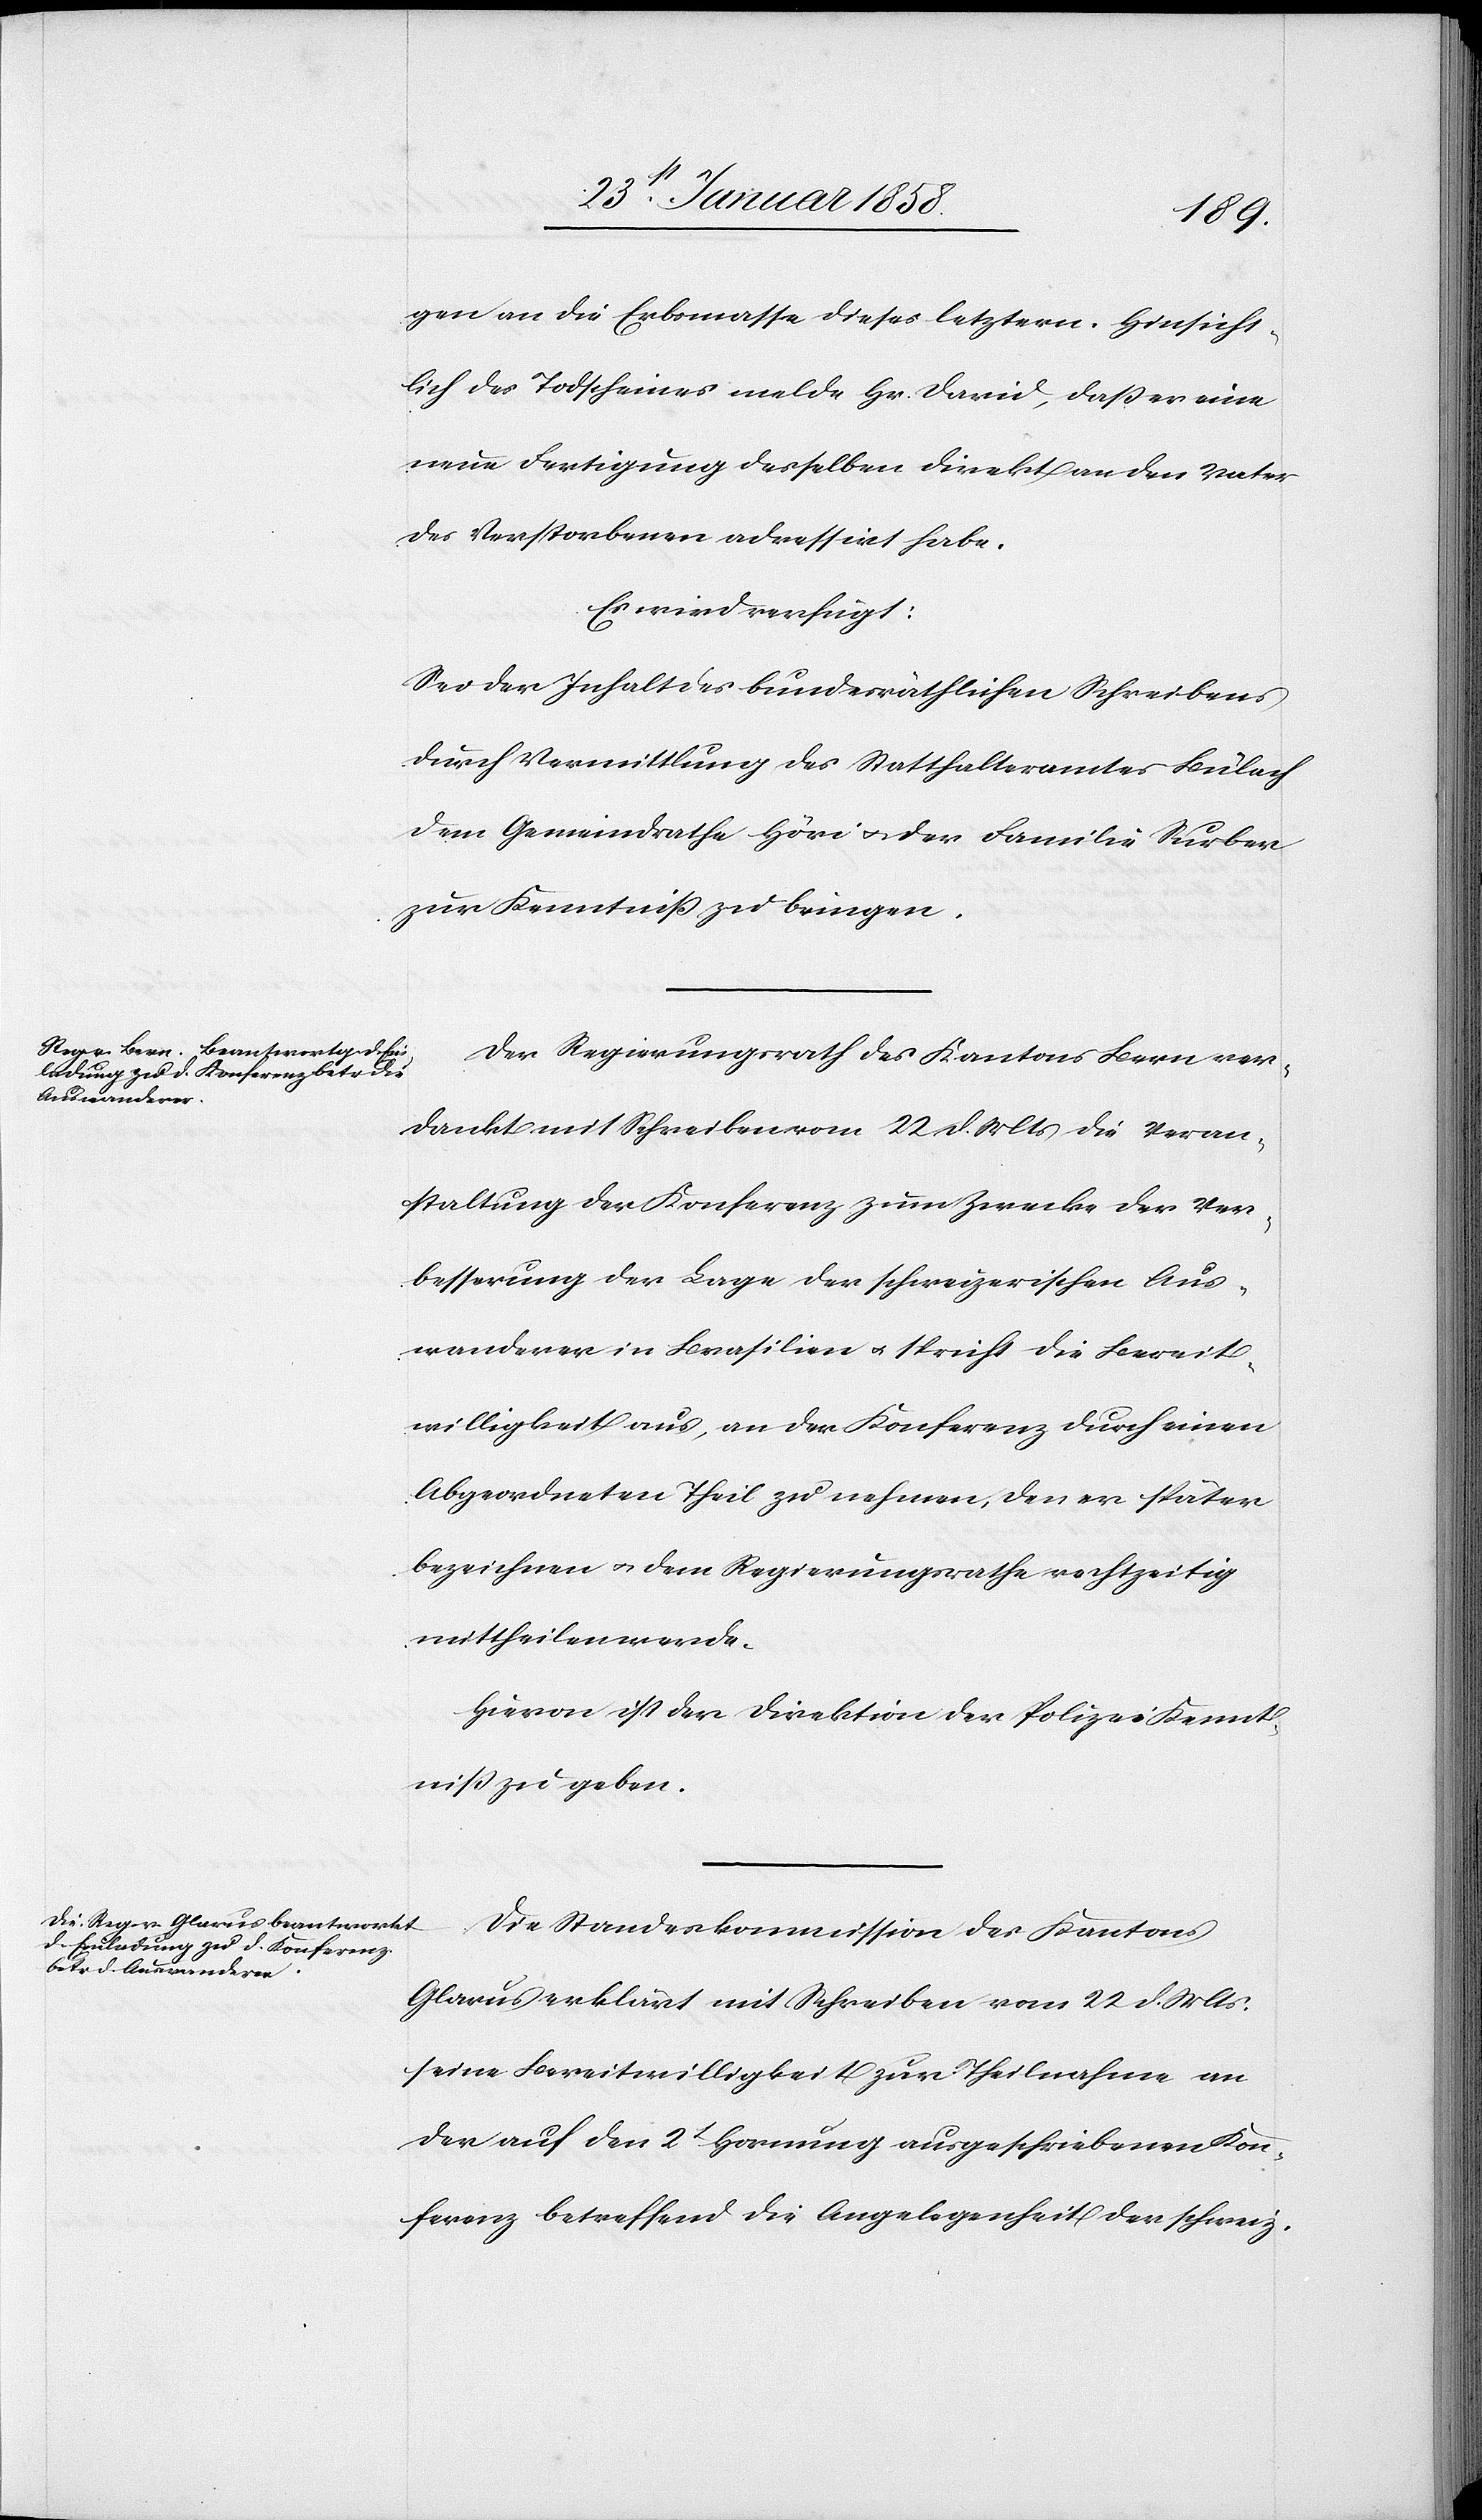
27st Januar 1858.]
gen an die Erbsmasse dieses letztern. Hinsicht¬
lich des Todscheines melde Hr. David, daß er eine
neue Fertigung desselben direkt an den Vater
des Verstorbenen adressirt habe.
Es wird verfügt:
Sei der Inhalt des bundesräthlichen Schreibens
durch Vermittlung des Statthalteramtes Bülach
dem Gemeindrathe Höri u. der Familie Surber
zur Kenntniß zu bringen.
Der Regierungsrath des Kantons Bern ver¬
dankt mit Schreiben vom 22. d. Mts. die Veran¬
staltung der Konferenz zum Zwecke der Ver¬
besserung der Lage der schweizerischen Aus¬
wanderer in Brasilien u. spricht die Bereit¬
willigkeit aus, an der Konferenz durch einen
Abgeordneten Theil zu nehmen, den er später
bezeichnen u. dem Regierungsrathe rechtzeitig
mittheilen werde.
Hievon ist der Direktion der Polizei Kennt¬
niß zu geben.
Die Standeskommission des Kantons
Glarus erklärt mit Schreiben vom 22 d. Mts.
seine Bereitwilligkeit zur Theilnahme an
der auf den 2t Hornung ausgeschriebenen Kon¬
ferenz betreffend die Angelegenheit der schweiz.